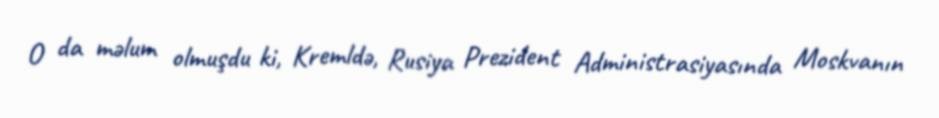
O da məlum olmuşdu ki, Kremldə, Rusiya Prezident Administrasiyasında Moskvanın